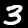
Digit: 3